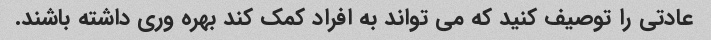
عادتی را توصیف کنید که می تواند به افراد کمک کند بهره وری داشته باشند.